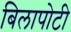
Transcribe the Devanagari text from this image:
बिलापोटी